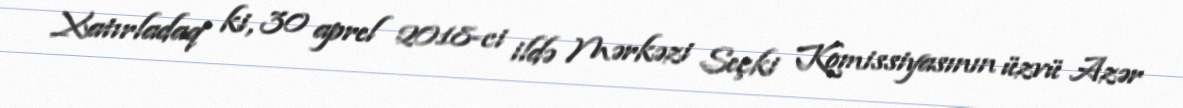
Xatırladaq ki, 30 aprel 2018-ci ildə Mərkəzi Seçki Komissiyasının üzvü Azər